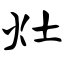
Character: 灶